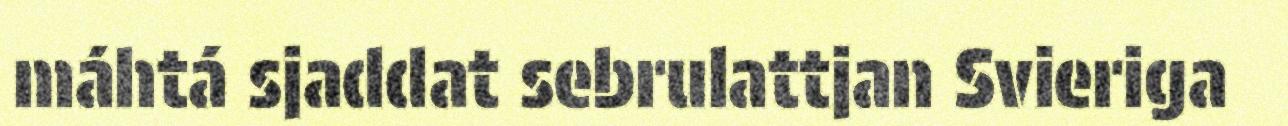
máhtá sjaddat sebrulattjan Svieriga